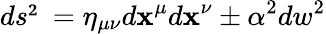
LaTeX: ds²=\eta_{\mu\nu}d\mathbf{x}^{\mu}d\mathbf{x}^{\nu}\pm\alpha^{2}dw^{2}